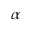
\alpha